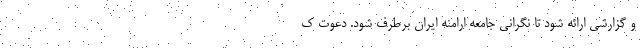
و گزارشی ارائه شود تا نگرانی جامعه ارامنه ایران برطرف شود. دعوت ک